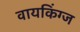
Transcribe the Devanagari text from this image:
वायकिंग्ज